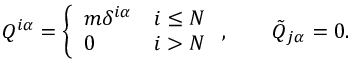
Q ^ { i \alpha } = \left\{ \begin{array} { l l } { { m \delta ^ { i \alpha } } } & { { i \le N } } \\ { { 0 } } & { { i > N } } \end{array} \right. , \qquad \tilde { Q } _ { j \alpha } = 0 .